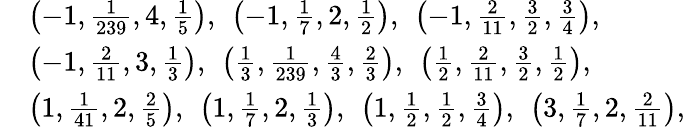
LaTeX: \begin{array}{rl}&{\left(-1,\frac{1}{239},4,\frac{1}{5}\right),\ \left(-1,\frac{1}{7},2,\frac{1}{2}\right),\ \left(-1,\frac{2}{11},\frac{3}{2},\frac{3}{4}\right),}\\ &{\left(-1,\frac{2}{11},3,\frac{1}{3}\right),\ \left(\frac{1}{3},\frac{1}{239},\frac{4}{3},\frac{2}{3}\right),\ \left(\frac{1}{2},\frac{2}{11},\frac{3}{2},\frac{1}{2}\right),}\\ &{\left(1,\frac{1}{41},2,\frac{2}{5}\right),\ \left(1,\frac{1}{7},2,\frac{1}{3}\right),\ \left(1,\frac{1}{2},\frac{1}{2},\frac{3}{4}\right),\ \left(3,\frac{1}{7},2,\frac{2}{11}\right),}\end{array}